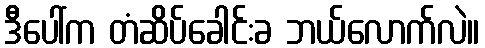
ဒီပေါ်က တံဆိပ်ခေါင်းခ ဘယ်လောက်လဲ။